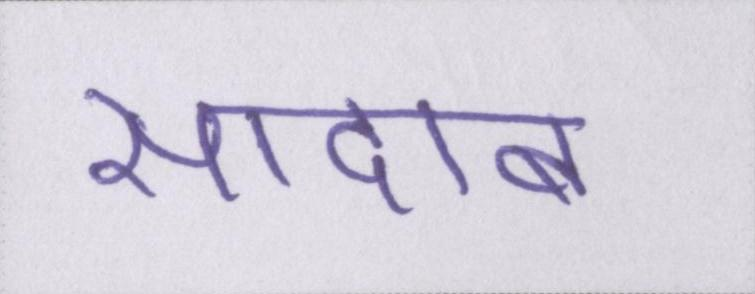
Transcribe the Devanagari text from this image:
सादाब